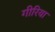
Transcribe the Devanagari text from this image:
गीरिया